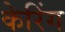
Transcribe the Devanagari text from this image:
केरिंग